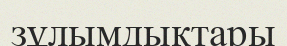
зұлымдықтары